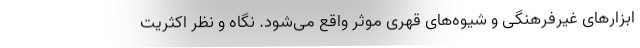
ابزارهای غیرفرهنگی و شیوه‌های قهری موثر واقع می‌شود. نگاه و نظر اکثریت